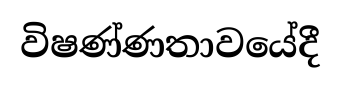
විෂණ්ණතාවයේදී